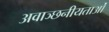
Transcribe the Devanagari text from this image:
अवाञ्छनीयताओं